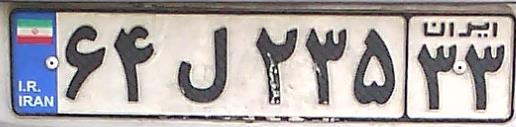
۶۴ل۲۳۵۳۳